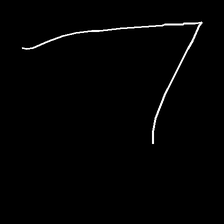
Glyph: region